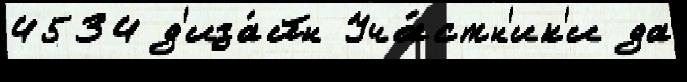
4534 д'иза́йн Уча́стн'ик'и да